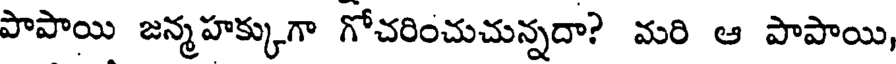
పాపాయి జన్మహక్కుగా గోచరించుచున్నదా? మరి ఆ పాపాయి,